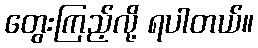
တွေးကြည့်လို့ ရပါတယ်။